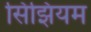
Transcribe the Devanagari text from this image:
सिझियम